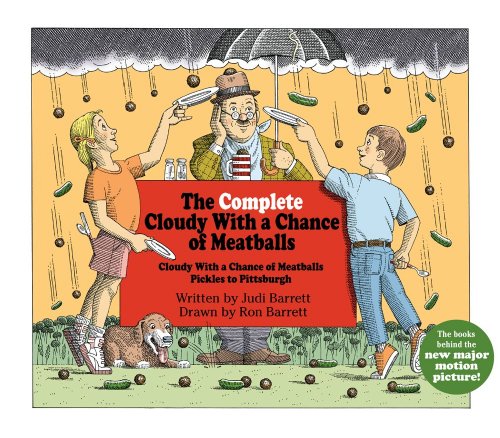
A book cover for The Complete Cloudy with a Chance of Meatballs: Cloudy with a Chance of Meatballs; Pickles to Pittsburgh; Judi Barrett; Children's Books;